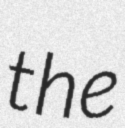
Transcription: the